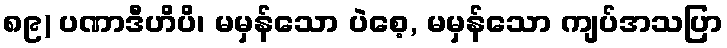
၈၉) ပဏာဒီဟိပိ၊ မမှန်သော ပဲစေ့, မမှန်သော ကျပ်အသပြာ